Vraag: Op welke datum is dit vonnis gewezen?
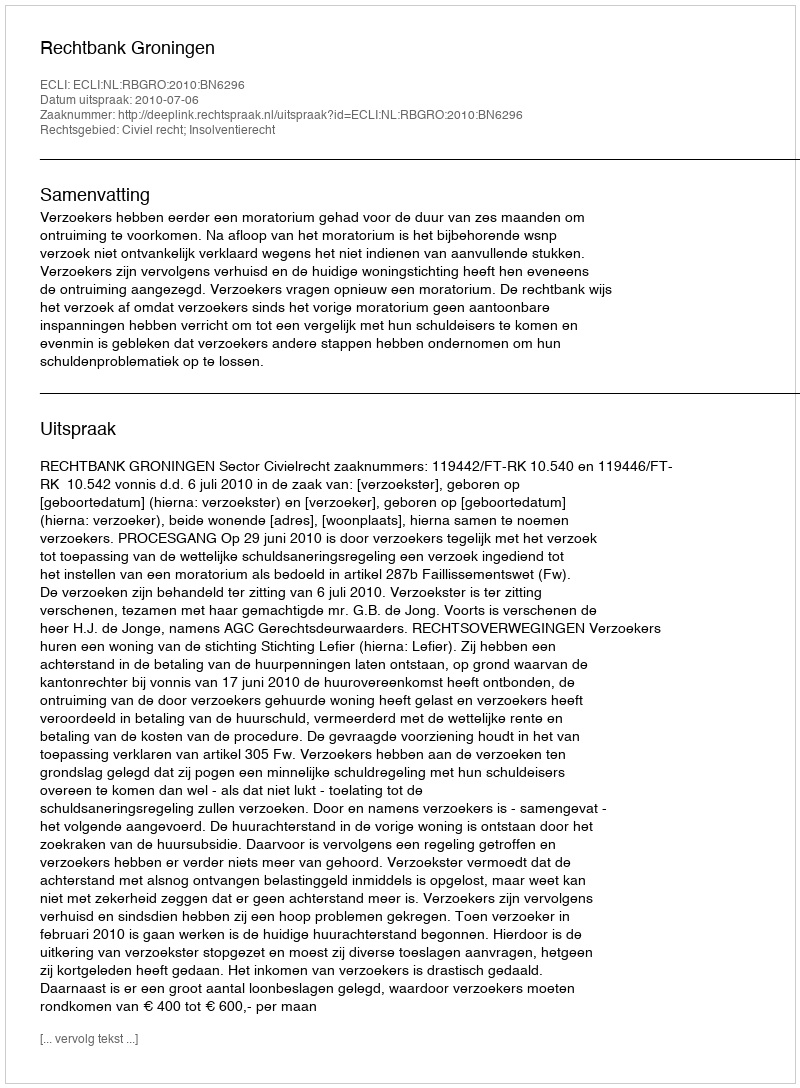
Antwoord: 2010-07-06